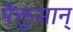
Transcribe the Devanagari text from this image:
पैक्तूसान्